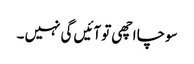
سوچا اچھی تو آئیں گی نہیں ۔